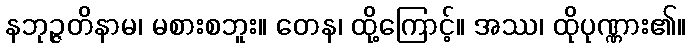
နဘုဉ္ဇတိနာမ၊ မစားစဘူး။ တေန၊ ထို့ကြောင့်။ အဿ၊ ထိုပုဏ္ဏား၏။